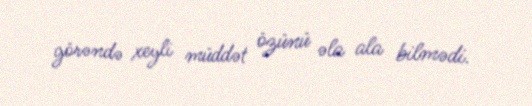
görəndə xeyli müddət özünü əla ala bilmədi.